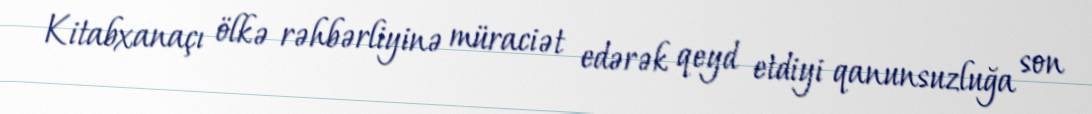
Kitabxanaçı ölkə rəhbərliyinə müraciət edərək qeyd etdiyi qanunsuzluğa son